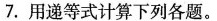
7.用递等式计算下列各题。